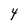
Character: 4